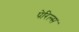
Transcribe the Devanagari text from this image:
पेरिल्स